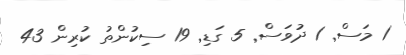
1 މަސް